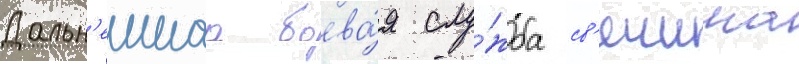
Дальн'еишаа боева́я слу́жба св'ечина